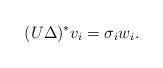
LaTeX: \begin{align*} (U\Delta)^{*} v_{i} = \sigma_{i} w_{i}.\end{align*}